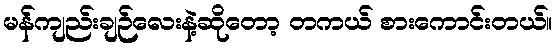
မန်ကျည်းချဉ်လေးနဲ့ဆိုတော့ တကယ် စားကောင်းတယ်။